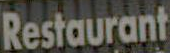
Restaurant